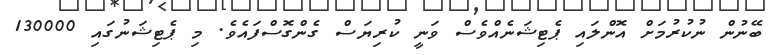
ބޭނުން ނުކުރުމަށް އޮންލައި ޕެޓިޝަނެއްވެސް ވަނީ ކުރިޔަސް ގެންގޮސްފައެވެ. މި ޕެޓިޝަނުގައި 130000